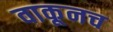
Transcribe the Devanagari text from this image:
वाकूनच